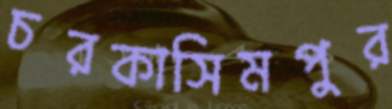
চরকাসিমপুর